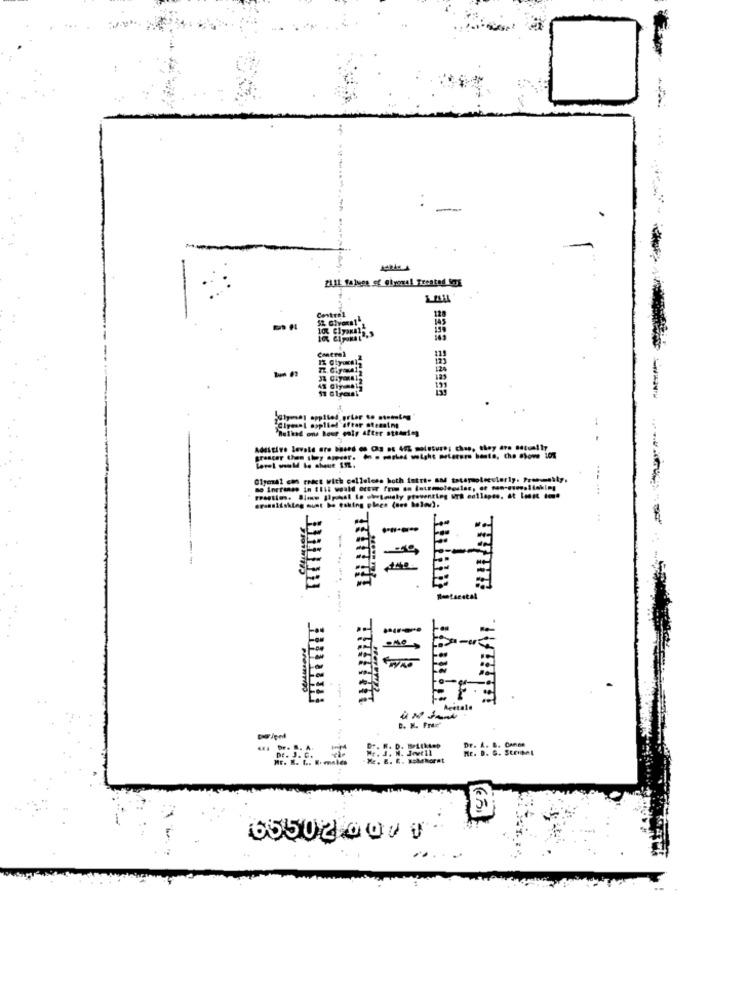
:
-
ZA11: falses of glyoxal Treated ing
Central
124
-
Ciyesel applied after stemning
"Bulked one hour only After stemning
Giyennal can react with calleless hoth istrie and tatermolecularly. Presumably.
ersasitsking munt bo esking plaes (nes bolov).
--
DE. A. B. Cance
Me. D. S. SCENBAL
(65)
65502 000 0